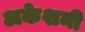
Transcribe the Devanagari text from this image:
अकेशमी